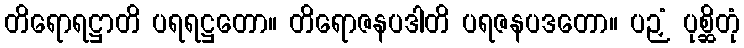
တိရောရဋ္ဌာတိ ပရရဋ္ဌတော။ တိရောဇနပဒါတိ ပရဇနပဒတော။ ပဉှံ ပုစ္ဆိတုံ